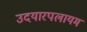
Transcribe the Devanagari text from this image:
उदयारपलायम